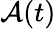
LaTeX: \mathcal{A}(t)